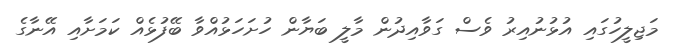
މަޖިލީހުގައި އުޅުނުއިރު ވެސް ގަވާއިދުން މާލީ ބަޔާން ހުށަހަޅުއްވާ ބޭފުޅެއް ކަމަށާއި އޭނާގެ